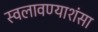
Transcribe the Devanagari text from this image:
स्वलावण्याशंसा